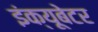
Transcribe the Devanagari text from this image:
इंक्यूबेटर